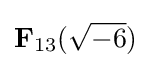
\mathbf {F} _{13}({\sqrt {-6}})